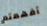
أفهمتم